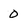
Character: 0